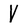
Character: V